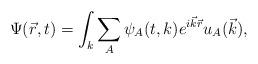
LaTeX: \begin{align*}\Psi(\vec r, t)=\int_k\sum_A\psi_A(t,k)e^{i{\vec k}{\vec r}}u_A(\vec k),\end{align*}